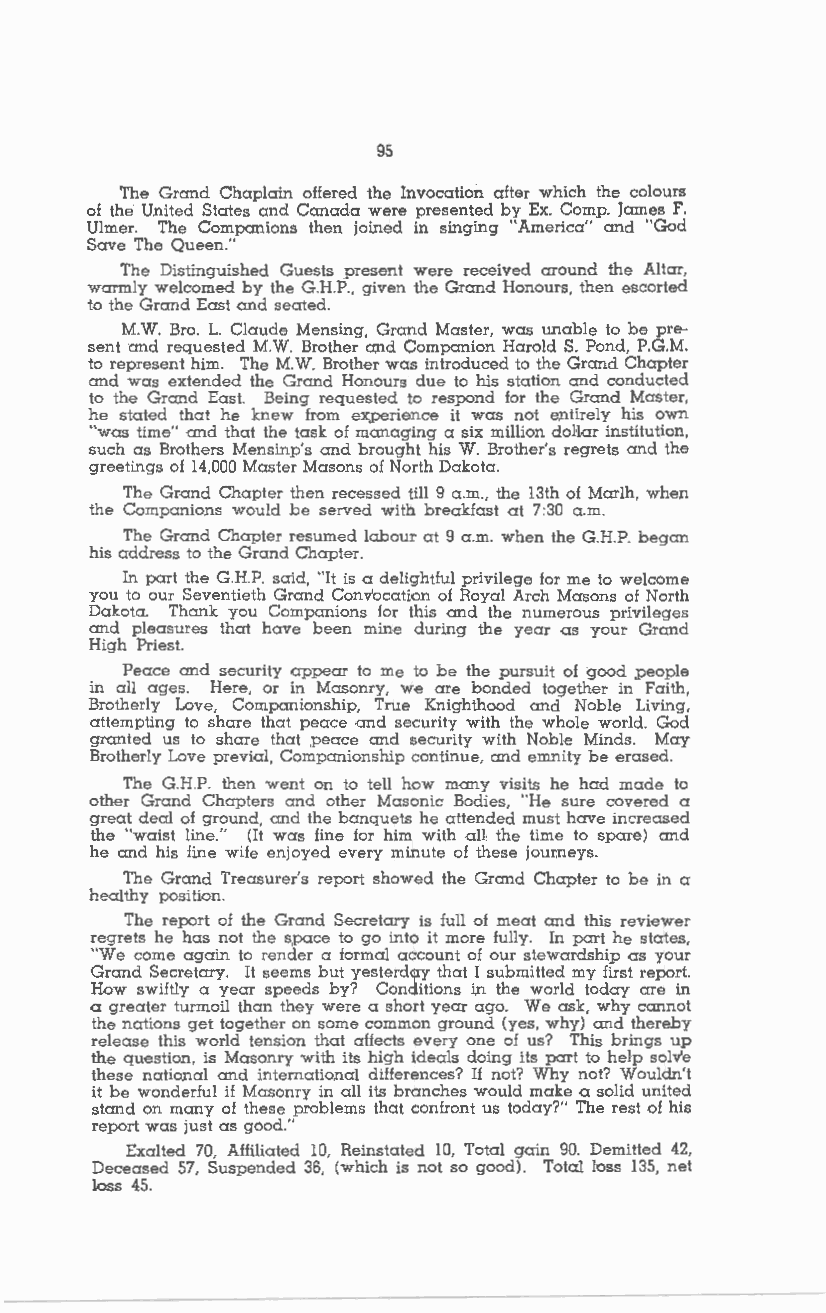
95
 The Grand Chaplain offered the Invocation after which the colours
 of the United States and Canada were presented by Ex. Comp. James F.
 Ulmer. The Companions then joi.ned in singi.ng "America" and "God
 Save The Queen."
 The Distinguished Guests present were received around the Altar,
 warmly welcomed by the G.H.P., given the Grand Honours, then escorted
 to the Grand East and seated.
 M.W. Bro. L. Claude Mensing, Grand Master, was unable to be pre
 sent and requested M.W. Brother and Companion Harold S. Pond, P.G.M.
 to represent him. The M.W. Brother was introduced to the Grand Chapter
 and was extended the Grand Honours due to his station and conducted
 to the Grand East. Being requested to respond for the Grand Master,
 he stated that he knew from ex,perience it was not e.ntirely his own
 "was time" and that the task of managing a six million doHar institution,
 such as Brothers Mensinp's and brought his W. Brother's regrets and the
 greetings of 14,000 Master Masons of North Dakota.
 The Grand Chapter then recessed till 9 a.m., the 13th of Mar!h, when
 the Companions would be served with breakfast at 7:30 a.m.
 The Grand Chapter resumed labour at 9 a.m. when the G.H.P. began
 his address to the Grand Chapter.
 In part the G.H.P. said, ''It is a delightful privilege for me to welcome
 you to our Seventieth Grand Convocation of Royal Arch Masons of North
 Dakota. Thank you Companions for this and the numerous privileges
 and pleasures that have been mine during the year as your Grand
 High Priest.
 Peace and security appear to me to be the pursuit of good people
 in all ages. Here, or in Masonry, we are bonded together in Faith,
 Brotherly Love, Companionship, True Knighthood and Noble Living,
 attempting to share that peace and security with the whole world. God
 granted us to share that peace and security with Noble Minds. May
 Brotherly Love previal, Companionship continue, and emnity be erased.
 The G.H.P. then went on to tell how many visits he had made to
 other Grand Chapters and other Masonic Bodies, "He sure covered a
 great deal of ground, and the banquets he attended must have increased
 the "waist line." (It was fine for him with aU the time to spare) and
 he and his line wife enjoyed every minute of these journeys.
 The Grand Treasurer's report showed the Grand Chapter to be in a
 healthy position.
 The report of the Grand Secretary is full of meat and this reviewer
 regrets he has not the space to go into it more fully. In part he states,
 "We come again to render a formal account of our stewardship as your
 Grand Secretary. It seems but yesterday that I submitted my first report.
 How swiftly a year speeds by? Conditions i.n the world today are in
 a greater turmoil than they were a short year ago. We ask, why cannot
 the nations get together on some common ground (yes, why) and thereby
 release this world tension that affects every one of us? This brings up
 the question, is Masonry with its high ideals doing its part to help solve
 these national and international differences? If not? Why not? Wouldn't
 it be wonderful ii Masonry in all its branches would make a solid united
 stand on many of these problems that confront us today?" The rest of his
 report was just as good."
 Exalted 70, Affiliated 10, Reinstated 10, Total gain 90. Demitted 42,
 Deceased 57, Suspended 36, (which is not so good). Total loss 135, net
 loss 45.